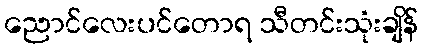
ညောင်လေးပင်တောရ သီတင်းသုံးချိန်